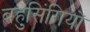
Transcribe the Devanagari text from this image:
बहुसिंगियों